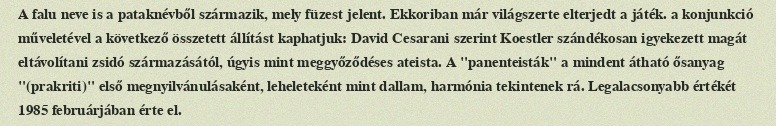
A falu neve is a pataknévből származik, mely füzest jelent. Ekkoriban már világszerte elterjedt a játék. a konjunkció műveletével a következő összetett állítást kaphatjuk: David Cesarani szerint Koestler szándékosan igyekezett magát eltávolítani zsidó származásától, úgyis mint meggyőződéses ateista. A "panenteisták" a mindent átható ősanyag "(prakriti)" első megnyilvánulásaként, leheleteként mint dallam, harmónia tekintenek rá. Legalacsonyabb értékét 1985 februárjában érte el.